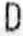
D